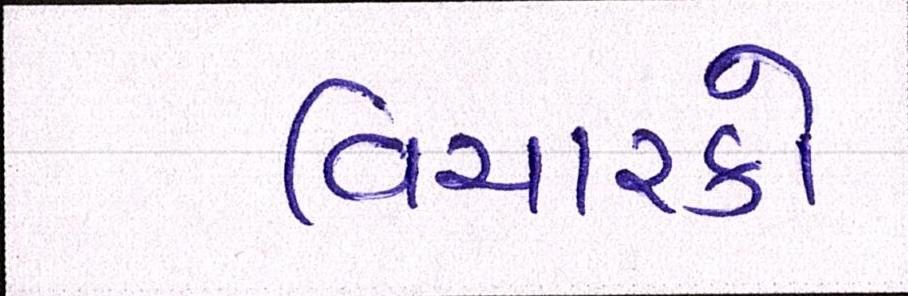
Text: વિચારકો